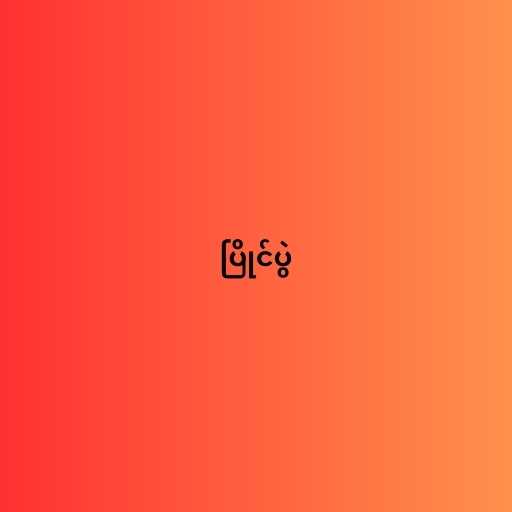
ပြိုင်ပွဲ